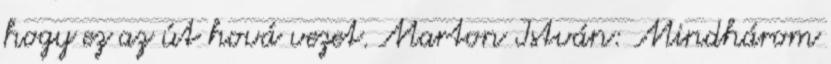
hogy ez az út hová vezet. Marton István: Mindhárom